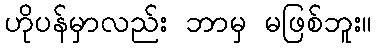
ဟိုပန်မှာလည်း ဘာမှ မဖြစ်ဘူး။